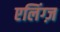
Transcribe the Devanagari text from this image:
एलिंग्ज़